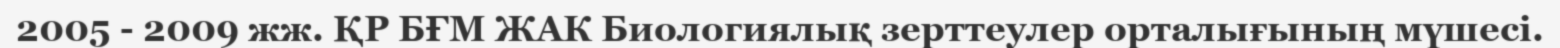
2005 - 2009 жж. ҚР БҒМ ЖАК Биологиялық зерттеулер орталығының мүшесі.